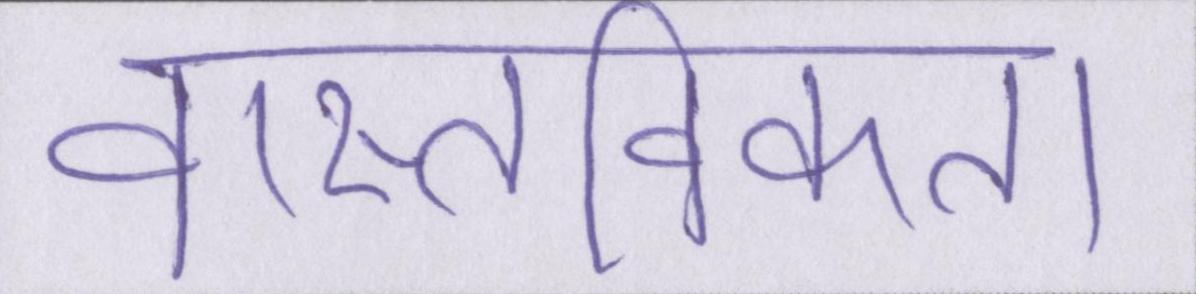
वास्तविकता